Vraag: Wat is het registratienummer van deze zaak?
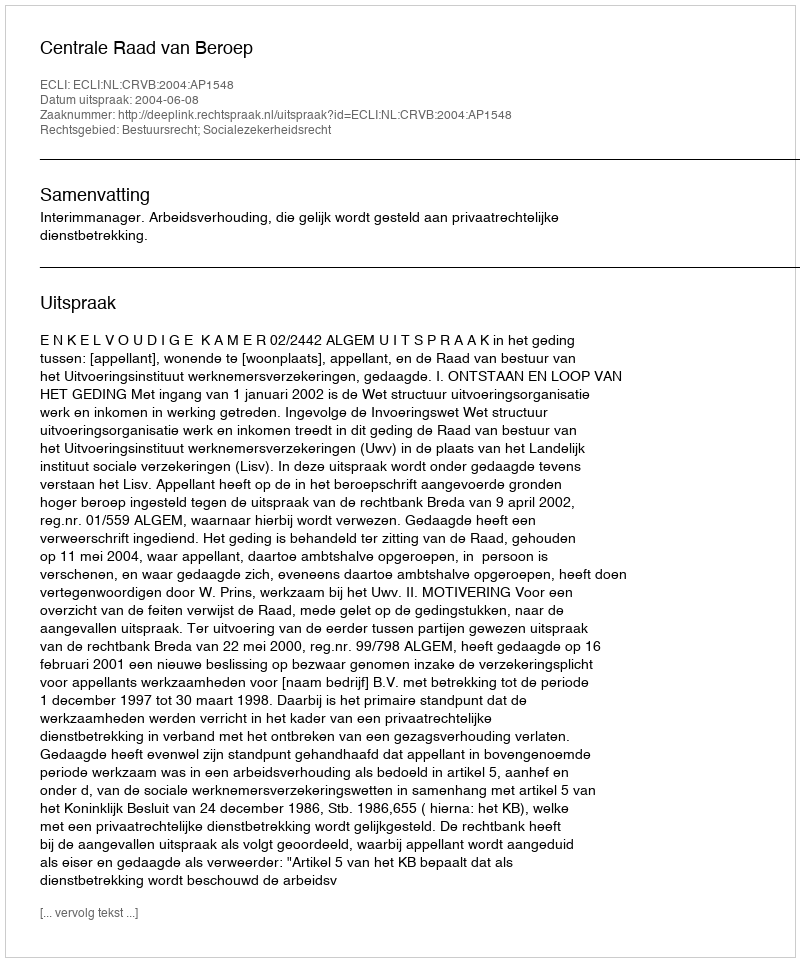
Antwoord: http://deeplink.rechtspraak.nl/uitspraak?id=ECLI:NL:CRVB:2004:AP1548